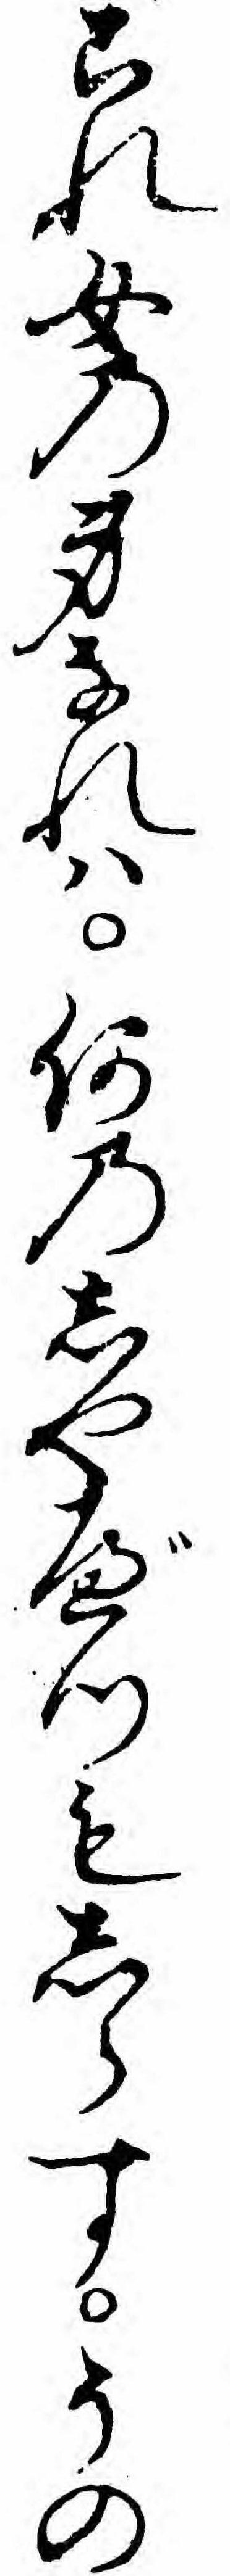
これ女の身なれハ何のしやべつもしらすその